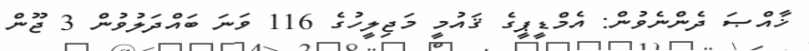
ޚާއްޞަ ދެންނެވުން: އެމްޑީޕީގެ ޤައުމީ މަޖިލީހުގެ 116 ވަނަ ބައްދަލުވުން 3 ޖޫން